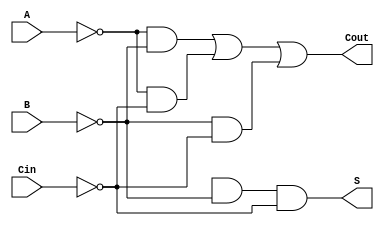
module NegativeCircuitFullAdder (
    input wire A,    // Active low first significant bit
    input wire B,    // Active low second significant bit
    input wire Cin,  // Active low carry-in bit
    output wire S,   // Active low sum output
    output wire Cout  // Active low carry-out
);

    // Internal wire declarations
    wire A_inv, B_inv, Cin_inv;
    wire AB, AC, BC;
    wire sum_int, cout_int;

    // Inverting inputs for negative logic
    not (A_inv, A);   // A is active low, thus its negation is logic 1 when A is logic 0
    not (B_inv, B);
    not (Cin_inv, Cin);

    // Implement the intermediate logic for sum (using NAND)
    wire AB_XOR_Cin;
    assign AB_XOR_Cin = ~(A_inv & B_inv) & ~(Cin_inv & (A_inv | B_inv));
    assign sum_int = ~(A_INV & B_inv & Cin_inv);

    // Final sum output (S)
    assign S = ~sum_int;  // S is active low, hence we invert sum_int

    // Implement the carry-out logic
    assign AB = A_inv & B_inv;     // A and B active low
    assign AC = A_inv & Cin_inv;   // A and Cin active low
    assign BC = B_inv & Cin_inv;   // B and Cin active low

    // Carry-out output
    assign cout_int = ~(AB | AC | BC); // Cout is high when any two of the inputs are active
    assign Cout = ~cout_int; // Cout is active low

endmodule